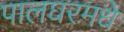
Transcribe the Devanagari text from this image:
पालघरमधे